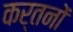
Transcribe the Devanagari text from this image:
कर्तनों